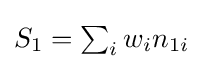
{\textstyle S_{1}=\sum _{i}w_{i}n_{1i}}